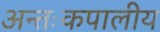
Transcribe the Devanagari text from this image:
अन्तःकपालीय